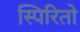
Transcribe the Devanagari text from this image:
स्पिरितो